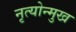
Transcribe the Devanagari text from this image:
नृत्योन्मुख